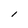
Character: l